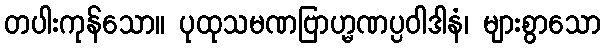
တပါးကုန်သော။ ပုထုသမဏဗြာဟ္မဏပ္ပဝါဒါနံ၊ များစွာသော